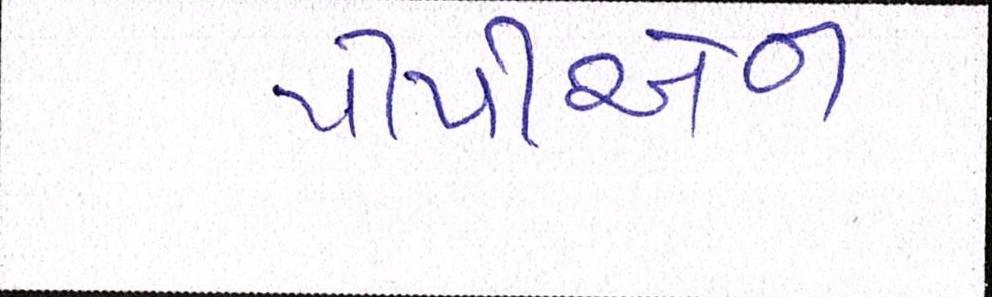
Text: પીપીએન